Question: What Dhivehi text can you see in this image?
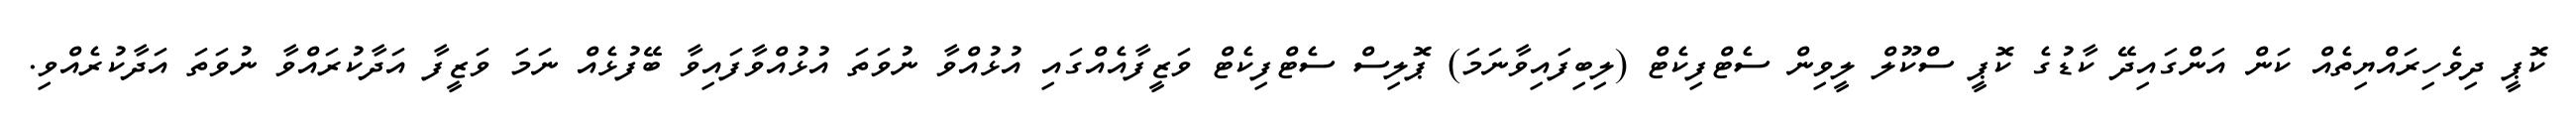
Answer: ކޮޕީ ދިވެހިރައްޔިތެއް ކަން އަންގައިދޭ ކާޑުގެ ކޮޕީ ސްކޫލް ލީވިން ސެޓްފިކެޓް (ލިބިފައިވާނަމަ) ޕޮލިސް ސެޓްފިކެޓް ވަޒީފާއެއްގައި އުޅުއްވާ ނުވަތަ އުޅުއްވާފައިވާ ބޭފުޅެއް ނަމަ ވަޒީފާ އަދާކުރައްވާ ނުވަތަ އަދާކުރެއްވި.